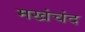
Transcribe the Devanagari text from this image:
मखंचंद